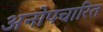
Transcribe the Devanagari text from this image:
अनोपचारित